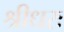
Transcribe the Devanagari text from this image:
श्रीधरः